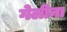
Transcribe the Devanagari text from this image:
गेलीना